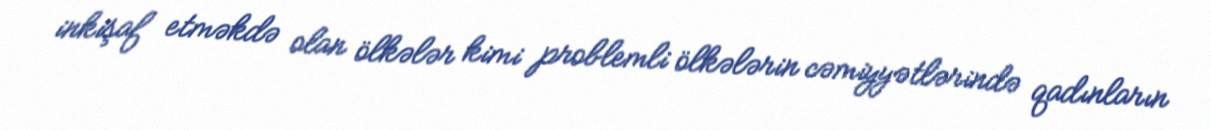
inkişaf etməkdə olan ölkələr kimi problemli ölkələrin cəmiyyətlərində qadınların